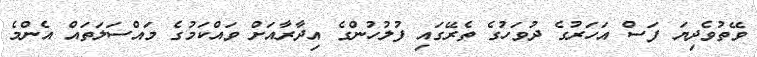
ވޭތުވެދިޔަ ފަސް އަހަރުގެ ދުވަހުގެ ތެރޭގައި ފުލުހުންގެ އިދާރާއަށް ވައްކަމުގެ މައްސަލަތައް އެންމެ